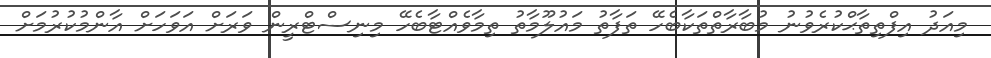
މިއަދު އިފްތިތާޙްކުރެވުނު މުބާރާތްތަކާބެހޭ ތަފާތު މައުލޫމާތު ތިމާވެއްޓާބެހޭ މިނިސްޓްރީން ވަރަށް އަވަހަށް އާންމުކުރުމަށް